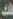
فك